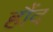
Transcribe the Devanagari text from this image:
हौंद